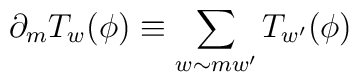
\partial_{m} T_{w}(\phi) \equiv \sum_{w \sim mw'} T_{w'}(\phi)